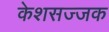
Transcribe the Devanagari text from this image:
केशसज्जक